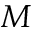
{ \cal M }